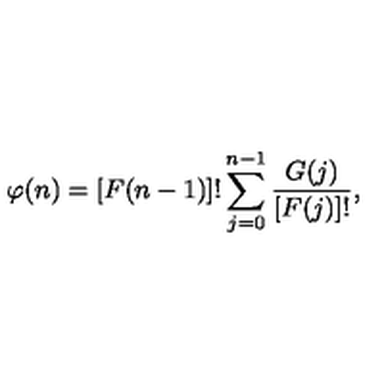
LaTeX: \varphi ( n ) = [ F ( n - 1 ) ] ! \sum _ { j = 0 } ^ { n - 1 } \frac { G ( j ) } { [ F ( j ) ] ! } ,